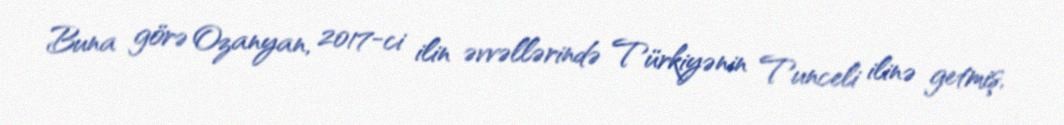
Buna görə Ozanyan, 2017-ci ilin əvvəllərində Türkiyənin Tunceli ilinə getmiş,